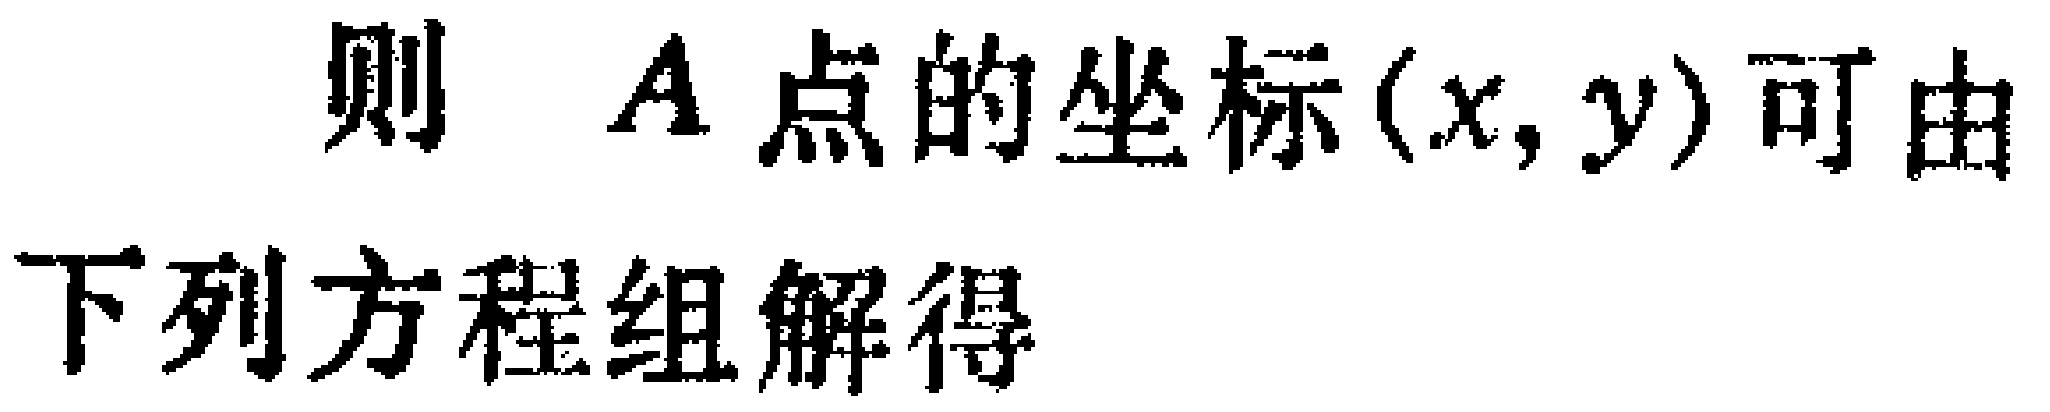
则 \(A\) 点的坐标\((x,y)\)可由下列方程组解得